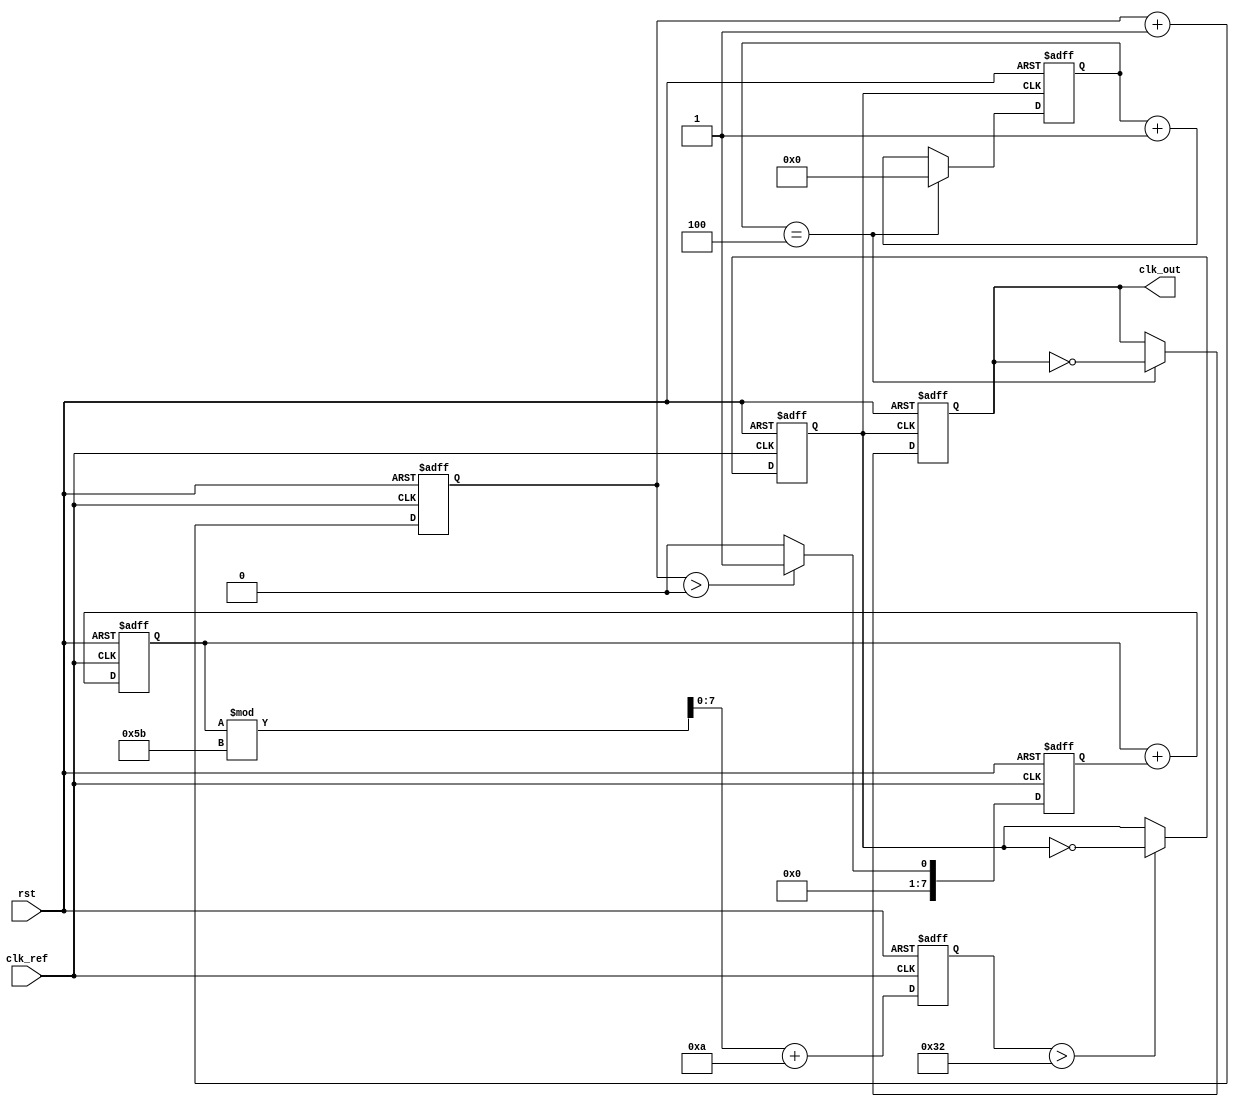
module sigma_delta_pll (
    input wire clk_ref,         // Reference clock input
    input wire rst,             // Reset signal
    output wire clk_out         // Output clock signal
);

    // Parameters
    parameter N = 8;            // Order of the Sigma-Delta modulator
    parameter VCO_MAX_FREQ = 100; // Maximum frequency of VCO
    parameter VCO_MIN_FREQ = 10;  // Minimum frequency of VCO

    // Internal signals
    reg [N-1:0] phase_error;    // Phase error signal
    reg [N-1:0] modulated_signal; // Sigma-Delta modulated signal
    reg [N-1:0] loop_filter_out; // Output of the loop filter
    reg vco_output;              // VCO output signal
    reg [7:0] vco_control;       // Control voltage for VCO
    reg [7:0] divider_count;     // Divider count
    reg clk_div;                 // Divided clock output

    // Phase Detector (PD)
    always @(posedge clk_ref or posedge rst) begin
        if (rst) begin
            phase_error <= 0;
        end else begin
            // Simple phase comparison logic (for illustration)
            phase_error <= phase_error + 1; // Increment phase error
        end
    end

    // Sigma-Delta Modulator
    always @(posedge clk_ref or posedge rst) begin
        if (rst) begin
            modulated_signal <= 0;
        end else begin
            // Simple 1-bit quantization (for illustration)
            if (phase_error > 0) begin
                modulated_signal <= 1;
            end else begin
                modulated_signal <= 0;
            end
        end
    end

    // Loop Filter (Simple first-order)
    always @(posedge clk_ref or posedge rst) begin
        if (rst) begin
            loop_filter_out <= 0;
        end else begin
            loop_filter_out <= loop_filter_out + modulated_signal; // Integrate modulated signal
        end
    end

    // Voltage-Controlled Oscillator (VCO)
    always @(posedge clk_ref or posedge rst) begin
        if (rst) begin
            vco_control <= VCO_MIN_FREQ;
            vco_output <= 0;
        end else begin
            // Control VCO frequency based on loop filter output
            vco_control <= loop_filter_out[7:0] % (VCO_MAX_FREQ - VCO_MIN_FREQ + 1) + VCO_MIN_FREQ;
            // Generate clock output based on control voltage
            vco_output <= (vco_control > 50) ? ~vco_output : vco_output; // Toggle based on control voltage
        end
    end

    // Divider
    always @(posedge vco_output or posedge rst) begin
        if (rst) begin
            divider_count <= 0;
            clk_div <= 0;
        end else begin
            divider_count <= divider_count + 1;
            if (divider_count == 4) begin // Divide by 4 for example
                clk_div <= ~clk_div;
                divider_count <= 0;
            end
        end
    end

    // Output clock
    assign clk_out = clk_div;

endmodule